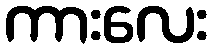
ကားလေး